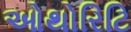
ઓથોરિટિ